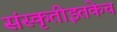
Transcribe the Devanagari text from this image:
संस्कृतीइतकेच